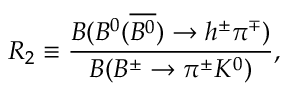
R _ { 2 } \equiv \frac { { \cal B } ( B ^ { 0 } ( \overline { { { B ^ { 0 } } } } ) \to h ^ { \pm } \pi ^ { \mp } ) } { { \cal B } ( B ^ { \pm } \to \pi ^ { \pm } K ^ { 0 } ) } ,